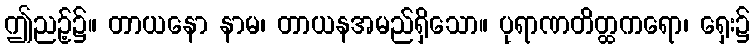
ဤညဉ့်၌။ တာယနော နာမ၊ တာယနအမည်ရှိသော။ ပုရာဏတိတ္ထကရော၊ ရှေး၌